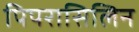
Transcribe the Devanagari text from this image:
पिपरासिलिन